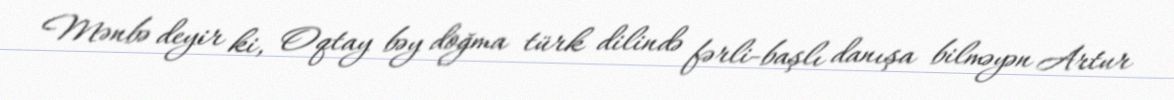
Mənbə deyir ki, Oqtay bəy doğma türk dilində fərli-başlı danışa bilməyən Artur